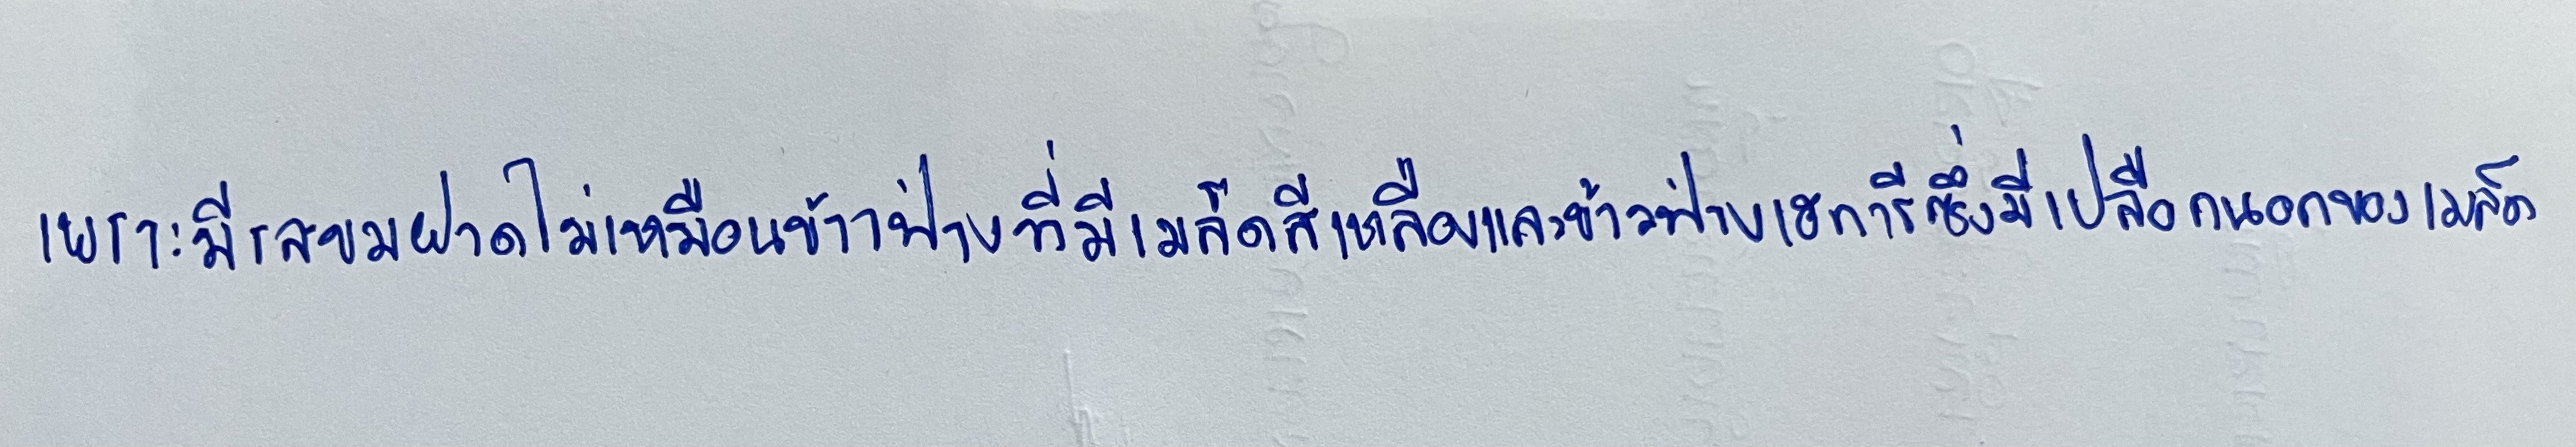
เพราะมีรสขมฝาดไม่เหมือนข้าวฟ่างที่มีเมล็ดสีเหลืองและข้าวฟ่างเฮการีซึ่งมีเปลือกนอกของเมล็ดสีขาว